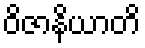
ဝိဇာနိယာတိ